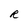
Character: R